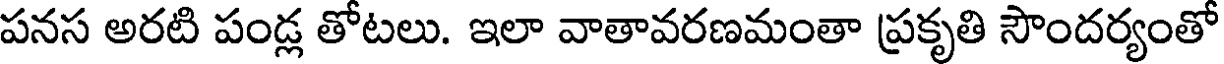
పనస అరటి పండ్ల తోటలు. ఇలా వాతావరణమంతా ప్రకృతి సౌందర్యంతో